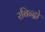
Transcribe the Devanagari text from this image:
रबिन्द्रो